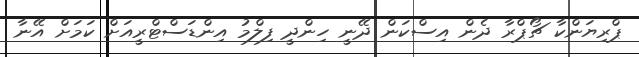
ޕްރިޔަންކާ ޗޯޕްރާ ދެން އިސްކަން ދޭނީ ހިންދީ ފިލްމު އިންޑަސްޓްރީއަށް ކަމަށް އޭނާ